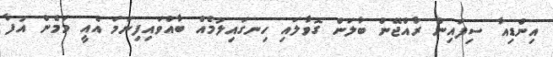
އިންޑިއާ ސިފައިން ރާއްޖޭން ބާލަން ގޮވާލައި ހިނގައިލުމެއް ބާއްވައިފިނަމަ އެއީ މަމެން އުފާ